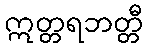
ဣတ္တရဘတ္တီ